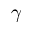
\gamma